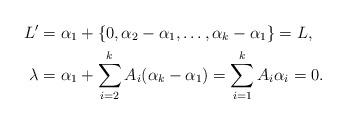
LaTeX: \begin{align*} L'&=\alpha_1+\{0,\alpha_2-\alpha_1,\dotsc,\alpha_k-\alpha_1\}=L,\\ \lambda&=\alpha_1+\sum_{i=2}^k A_i (\alpha_k-\alpha_1)=\sum_{i=1}^k A_i\alpha_i=0.\end{align*}